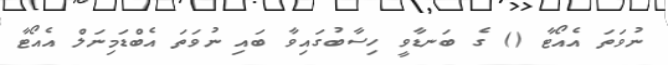
ނުވަތަ އެއޯޓާ () ގެ ބަނޑާވީ ހިސާބުގައިވާ ބައި ނުވަތަ އެބްޑަމިނަލް އެއޯޓާ